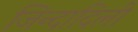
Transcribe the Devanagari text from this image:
जिन्दादिली